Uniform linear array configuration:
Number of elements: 48
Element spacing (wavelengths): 1
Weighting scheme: kaiser
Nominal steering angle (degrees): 60
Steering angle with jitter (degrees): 59.136
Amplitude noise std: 0.05
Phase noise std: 0.05

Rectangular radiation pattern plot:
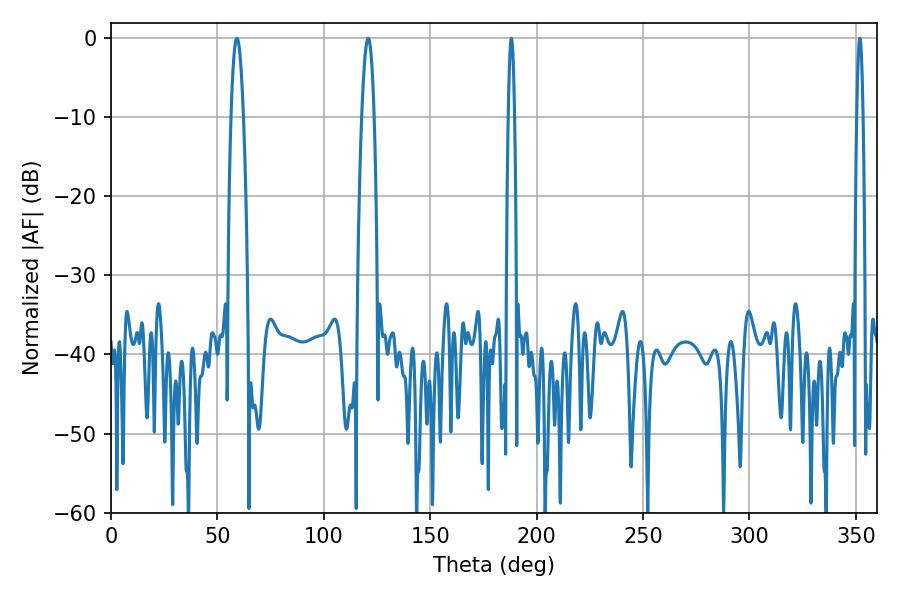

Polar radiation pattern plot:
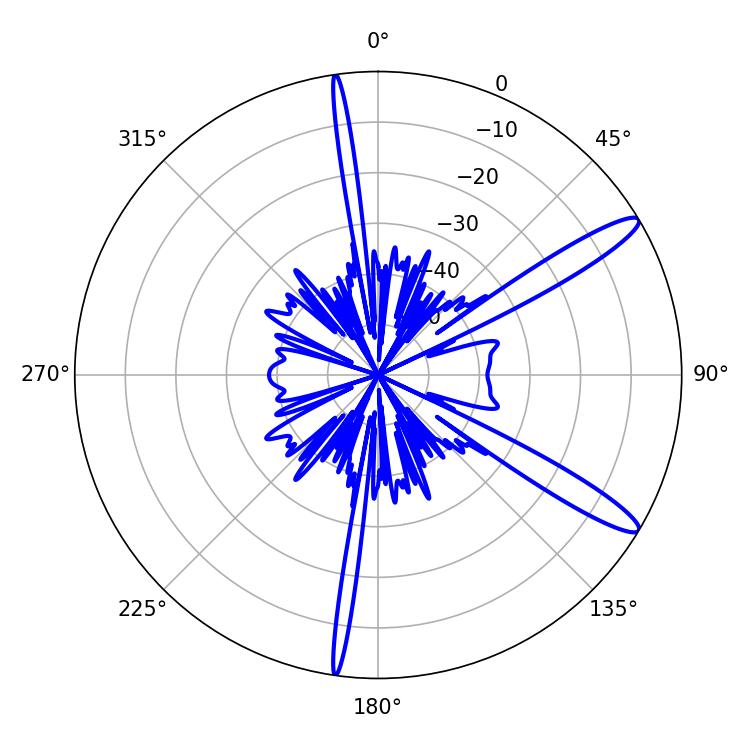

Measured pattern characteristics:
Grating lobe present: TRUE
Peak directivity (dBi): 13.2
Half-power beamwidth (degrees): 1.44
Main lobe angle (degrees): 188.1